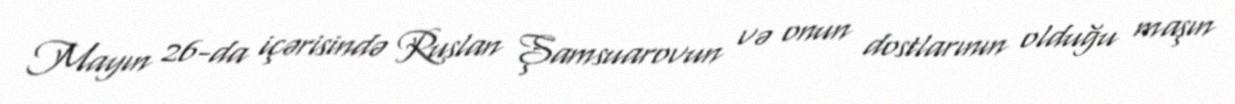
Mayın 26-da içərisində Ruslan Şamsuarovun və onun dostlarının olduğu maşın